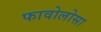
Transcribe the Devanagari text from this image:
फावोलोसा